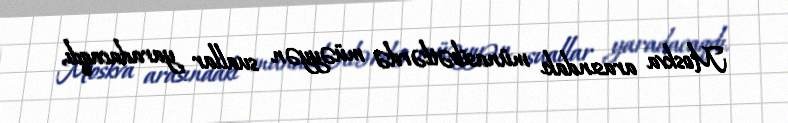
Moskva arasındakı münasibətlərdə müəyyən suallar yaradacaqdı.